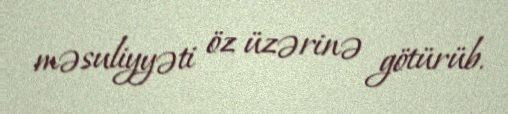
məsuliyyəti öz üzərinə götürüb.